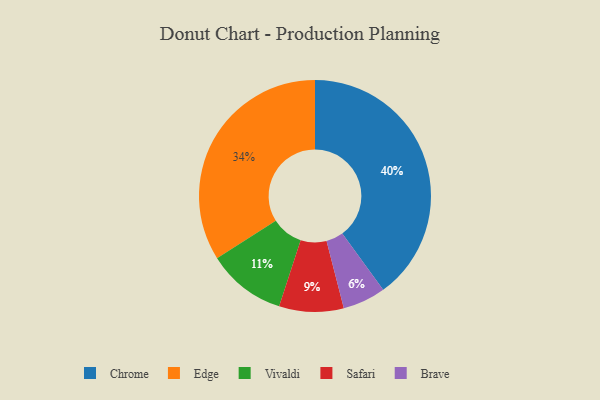
{"axis": {"x": "Category", "y": "Percentage"}, "legend": ["Brave", "Chrome", "Edge", "Safari", "Vivaldi"], "data": [{"x": "Safari", "y": 9, "type": "Safari"}, {"x": "Vivaldi", "y": 11, "type": "Vivaldi"}, {"x": "Chrome", "y": 40, "type": "Chrome"}, {"x": "Brave", "y": 6, "type": "Brave"}, {"x": "Edge", "y": 34, "type": "Edge"}]}